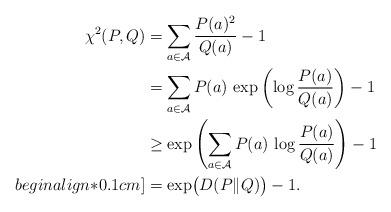
LaTeX: \begin{align*}\chi^2(P,Q)& = \sum_{a \in \mathcal{A}} \frac{P(a)^2}{Q(a)} - 1 \\& = \sum_{a \in \mathcal{A}} P(a) \, \exp\left( \log \frac{P(a)}{Q(a)} \right) - 1 \\& \geq \exp\left(\sum_{a \in \mathcal{A}} P(a) \, \log \frac{P(a)}{Q(a)} \right) - 1 \\begin{align*}0.1cm]& = \exp\bigl( D(P \| Q) \bigr) - 1.\end{align*}